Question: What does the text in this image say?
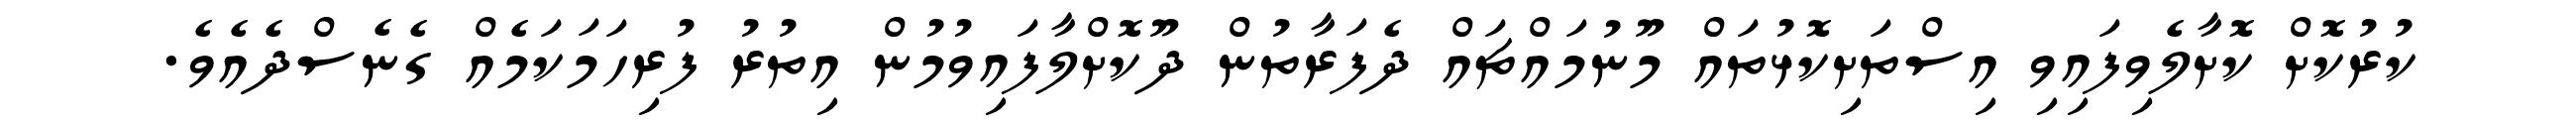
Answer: ކުރުކޮށް ކޮށާލެވިފައިވި އިސްތަށިކޮޅުތައް މޫނުމައްޗައް ދެފަރާތުން ދޫކޮށްލާފައިވުމުން އިތުރު ފުރިހަމަކަމެއް ގެނެސްދެއެވެ.